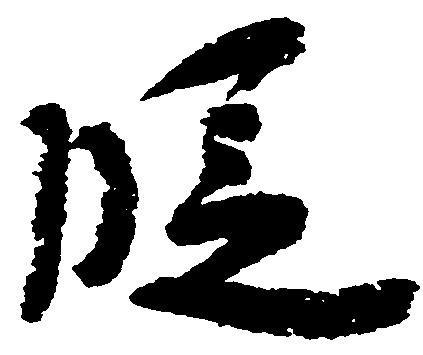
段